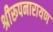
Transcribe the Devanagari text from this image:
श्रीरूपनारायण